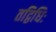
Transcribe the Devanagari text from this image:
तद्विधिः